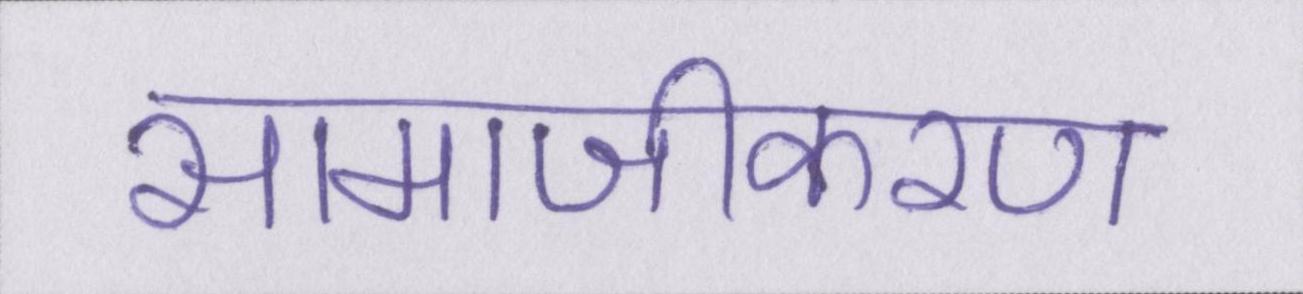
सामाजीकरण